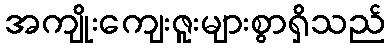
အကျိုးကျေးဇူးများစွာရှိသည်